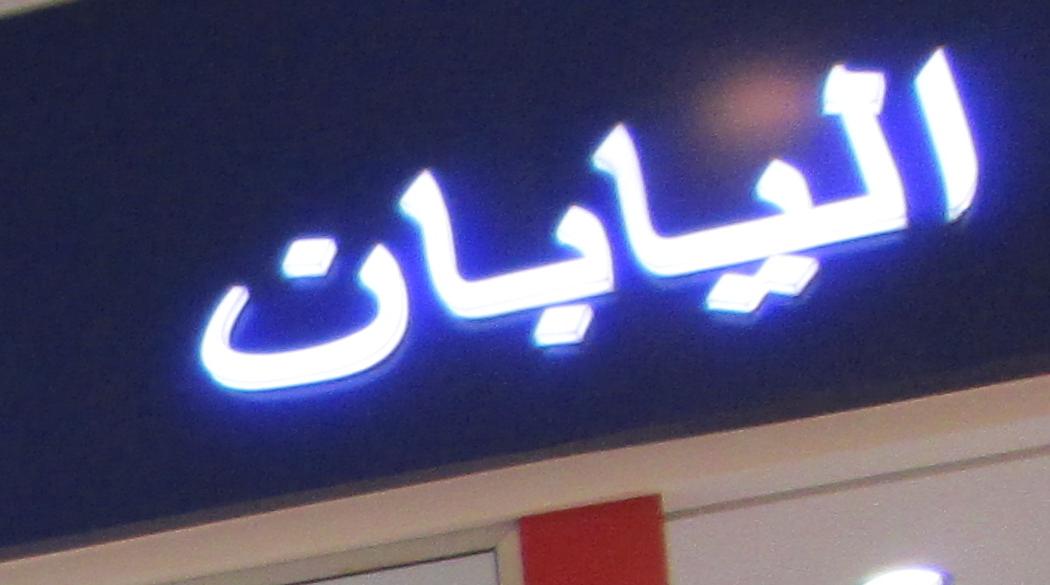
اليابان